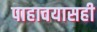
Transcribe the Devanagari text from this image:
पाहावयासही